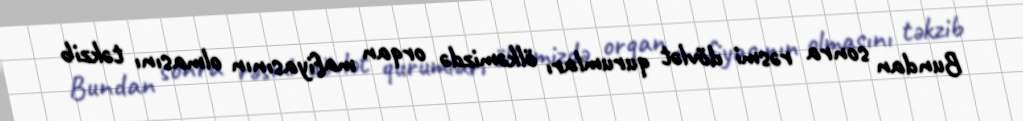
Bundan sonra rəsmi dövlət qurumları ölkəmizdə orqan mafiyasının olmasını təkzib